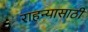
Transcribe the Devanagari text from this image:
राहन्यासाठी